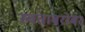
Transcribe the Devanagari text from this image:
स्वताबरोबर